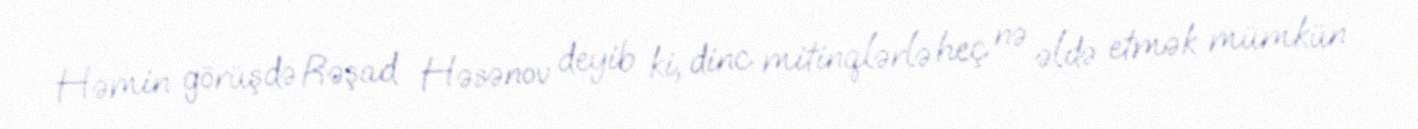
Həmin görüşdə Rəşad Həsənov deyib ki, dinc mitinqlərlə heç nə əldə etmək mümkün